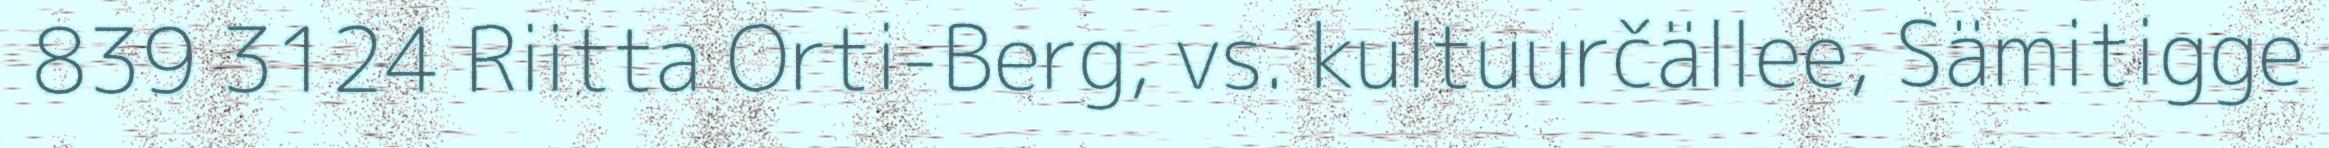
839 3124 Riitta Orti-Berg, vs. kultuurčällee, Sämitigge